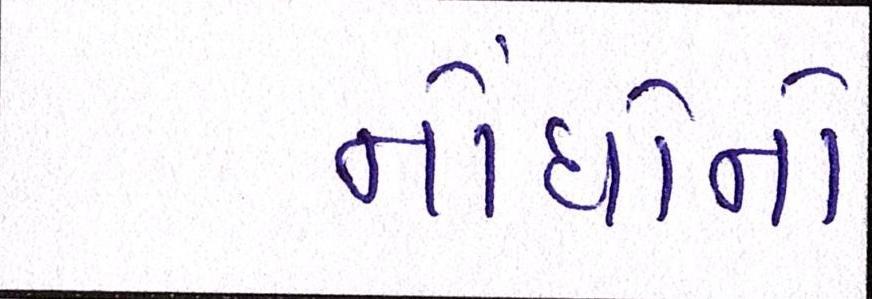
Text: નોંધોનો